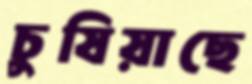
চুষিয়াছে